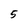
Character: 5